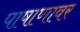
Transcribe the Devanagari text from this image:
पाषाणावर